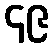
၄၉